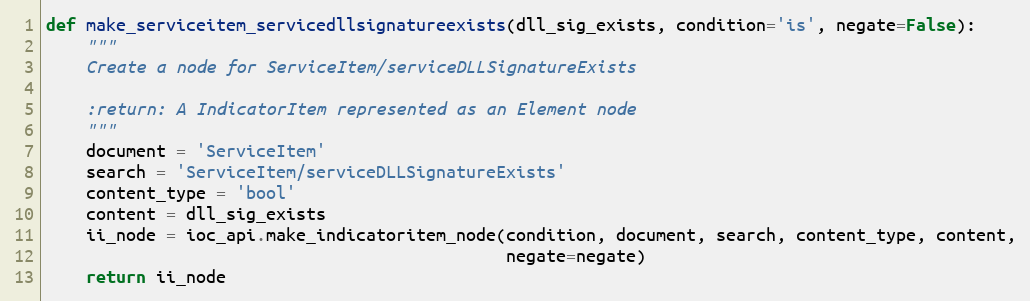
Language: Python
def make_serviceitem_servicedllsignatureexists(dll_sig_exists, condition='is', negate=False):
    """
    Create a node for ServiceItem/serviceDLLSignatureExists

    :return: A IndicatorItem represented as an Element node
    """
    document = 'ServiceItem'
    search = 'ServiceItem/serviceDLLSignatureExists'
    content_type = 'bool'
    content = dll_sig_exists
    ii_node = ioc_api.make_indicatoritem_node(condition, document, search, content_type, content,
                                              negate=negate)
    return ii_node